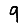
Digit: 9